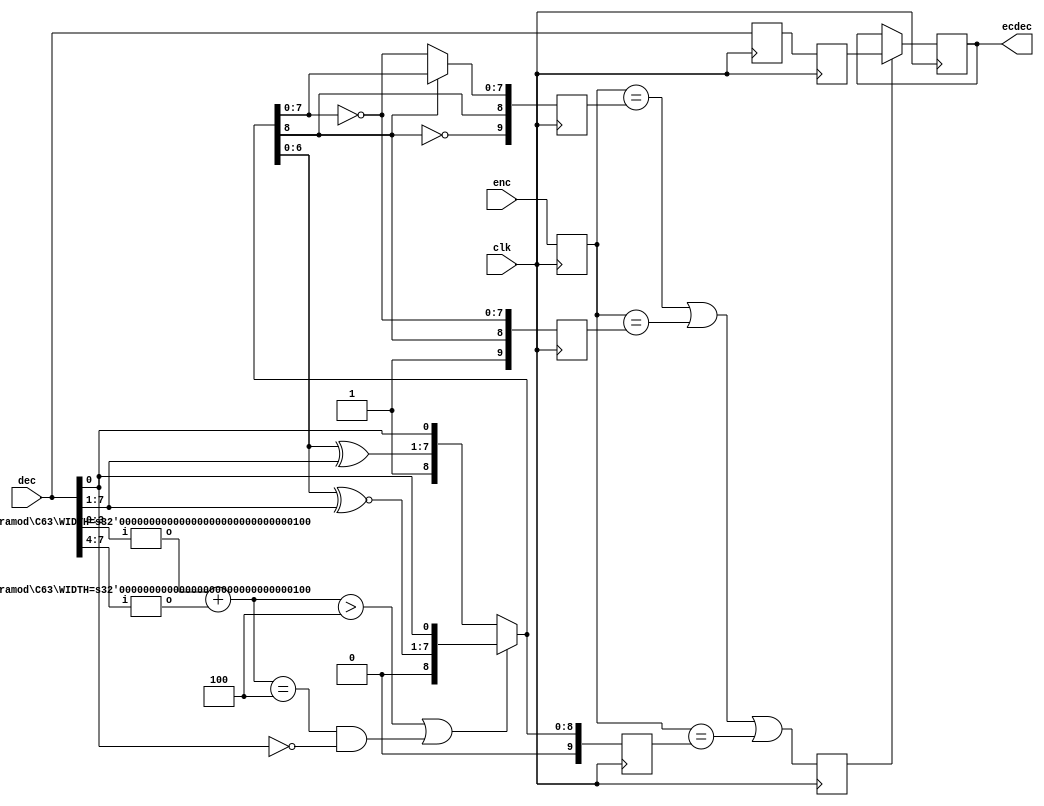
`default_nettype none
`timescale 1ps/1ps

// validator and error correcter for transition-minimized data
module VEC (
  input   wire          clk,
  input   wire[10-1:0]  enc,
  input   wire[ 8-1:0]  dec,
  output  reg [ 8-1:0]  ecdec
);

localparam [0:0]
  U0 = 1'b0,  //unit 0
  U1 = 1'b1;  //unit 1

// n1d is popcount for dec
wire[6-1:0] pcdrslt;
C63 #(4)  pcd[1:0](dec, pcdrslt);
wire[4-1:0] n1d = pcdrslt[0+:3] + pcdrslt[3+:3];
// Branch
wire        br  = n1d>4 || (n1d==4 && ~dec[0]);

wire[9-1:0] q_m = br ?
  {U0, q_m[6:0] ~^ dec[7:1], dec[0]} :
  {U1, q_m[6:0]  ^ dec[7:1], dec[0]};

// Update q_out
reg           valid;
reg [8-1:0]   rdec, rrdec;
reg [10-1:0]  re_enc[0:3-1], renc;
always @(posedge clk) begin
  // cycle 1
  rdec      <= dec;
  renc      <= enc;
  re_enc[0] <= {~q_m[8], q_m[8], q_m[8] ? q_m[7:0] : ~q_m[7:0]};
  re_enc[1] <= {U1,      q_m[8],                     ~q_m[7:0]};
  re_enc[2] <= {U0,      q_m[8],          q_m[7:0]            };

  // cycle 2 - validate
  rrdec     <= rdec;
  valid     <= renc==re_enc[0] || renc==re_enc[1] || renc==re_enc[2];

  // cycle 3 - error correct
  ecdec     <= valid ? rrdec : ecdec; // use last valid dec if not valid
end
endmodule

//http://fpga.org/2014/09/05/quick-fpga-hacks-population-count/
module C63 #(
  parameter WIDTH = 6
) (
  input   wire[WIDTH-1:0] i,
  output  reg [2:0]       o);    // # of 1's in i

always @* begin
  case (i)
    6'h00: o = 0; 6'h01: o = 1; 6'h02: o = 1; 6'h03: o = 2;
    6'h04: o = 1; 6'h05: o = 2; 6'h06: o = 2; 6'h07: o = 3;
    6'h08: o = 1; 6'h09: o = 2; 6'h0A: o = 2; 6'h0B: o = 3;
    6'h0C: o = 2; 6'h0D: o = 3; 6'h0E: o = 3; 6'h0F: o = 4;
    6'h10: o = 1; 6'h11: o = 2; 6'h12: o = 2; 6'h13: o = 3;
    6'h14: o = 2; 6'h15: o = 3; 6'h16: o = 3; 6'h17: o = 4;
    6'h18: o = 2; 6'h19: o = 3; 6'h1A: o = 3; 6'h1B: o = 4;
    6'h1C: o = 3; 6'h1D: o = 4; 6'h1E: o = 4; 6'h1F: o = 5;
    6'h20: o = 1; 6'h21: o = 2; 6'h22: o = 2; 6'h23: o = 3;
    6'h24: o = 2; 6'h25: o = 3; 6'h26: o = 3; 6'h27: o = 4;
    6'h28: o = 2; 6'h29: o = 3; 6'h2A: o = 3; 6'h2B: o = 4;
    6'h2C: o = 3; 6'h2D: o = 4; 6'h2E: o = 4; 6'h2F: o = 5;
    6'h30: o = 2; 6'h31: o = 3; 6'h32: o = 3; 6'h33: o = 4;
    6'h34: o = 3; 6'h35: o = 4; 6'h36: o = 4; 6'h37: o = 5;
    6'h38: o = 3; 6'h39: o = 4; 6'h3A: o = 4; 6'h3B: o = 5;
    6'h3C: o = 4; 6'h3D: o = 5; 6'h3E: o = 5; 6'h3F: o = 6;
  endcase
end
endmodule

`default_nettype wire